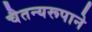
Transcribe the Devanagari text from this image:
चैतन्यरूपाने